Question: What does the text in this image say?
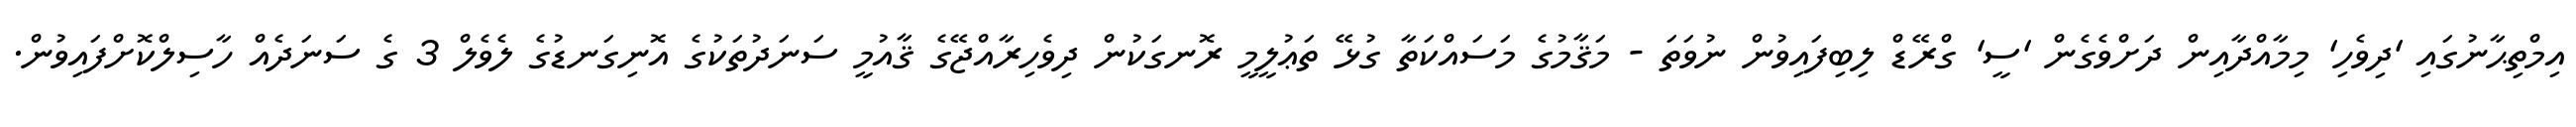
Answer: އިމްތިޙާނުގައި 'ދިވެހި' މިމާއްދާއިން ދަށްވެގެން 'ސީ' ގްރޭޑް ލިބިފައިވުން ނުވަތަ - މަޤާމުގެ މަސައްކަތާ ގުޅޭ ތަޢުލީމީ ރޮނގަކުން ދިވެހިރާއްޖޭގެ ޤާއުމީ ސަނަދުތަކުގެ އޮނިގަނޑުގެ ލެވެލް 3 ގެ ސަނަދެއް ހާސިލްކޮށްފައިވުން.